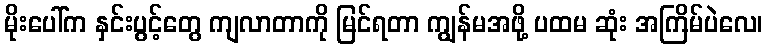
မိုးပေါ်က နှင်းပွင့်တွေ ကျလာတာကို မြင်ရတာ ကျွန်မအဖို့ ပထမ ဆုံး အကြိမ်ပဲလေ၊